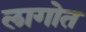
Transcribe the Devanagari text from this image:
लागोत